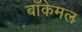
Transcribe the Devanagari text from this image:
बाँकेमल